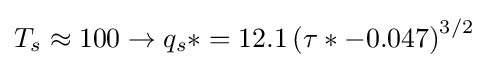
T_{s}\approx 100\rightarrow q_{s}*=12.1\left(\tau *-0.047\right)^{3/2}